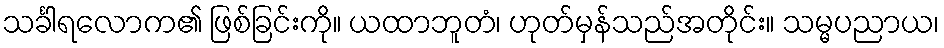
သင်္ခါရလောက၏ ဖြစ်ခြင်းကို။ ယထာဘူတံ၊ ဟုတ်မှန်သည်အတိုင်း။ သမ္မပညာယ၊